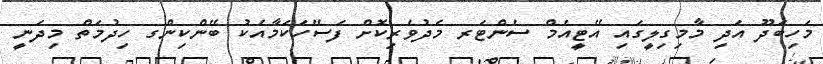
މަހިބަދޫ އަދި މާމިގިލީގައި އޭޓީއެމް ސެންޓަރ މެދުވެރިކޮށް ފަސޭހަކަމާއެކު ބޭންކިންގ ހިދުމަތް މިދަނީ